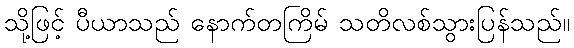
သို့ဖြင့် ပီယာသည် နောက်တကြိမ် သတိလစ်သွားပြန်သည်။